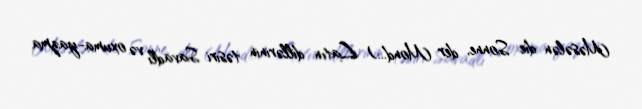
Məsələn die Sonne, der Mond...) Latın dillərinin təsiri Savadlı və oxuma-yazma